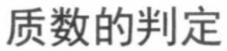
质数的判定